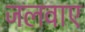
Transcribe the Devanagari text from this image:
जलवाए